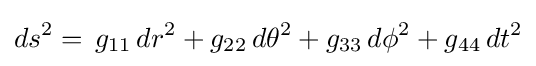
ds^{2}=\,g_{11}\,dr^{2}+g_{22}\,d\theta ^{2}+g_{33}\,d\phi ^{2}+g_{44}\,dt^{2}